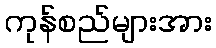
ကုန်စည်များအား